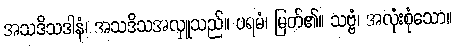
အသဒိသဒါနံ၊ အသဒိသအလှူသည်။ ပရမံ၊ မြတ်၏။ သဗ္ဗံ၊ အလုံးစုံသော။